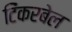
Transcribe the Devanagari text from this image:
टिंकरबेल